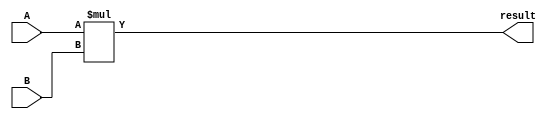
module signed_multiplier (
    input signed [7:0] A,
    input signed [7:0] B,
    output signed [15:0] result
);

reg signed [15:0] result_reg;

always @(*) begin
    result_reg = A * B;
end

assign result = result_reg;

endmodule